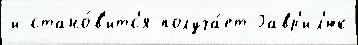
и стано́в'итс'я получа́ет Гавр'ил'юк